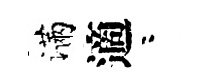
滿適咯